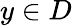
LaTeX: y\in D